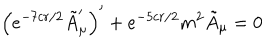
LaTeX: \left( e ^ { - 7 c r / 2 } \tilde { A } _ { \mu } ^ { \prime } \right) ^ { \prime } + e ^ { - 5 c r / 2 } m ^ { 2 } \tilde { A } _ { \mu } = 0